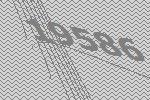
19586